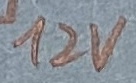
Text: 12V